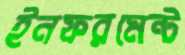
ইনফরমেন্ট